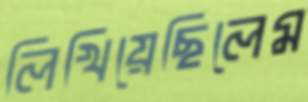
লিখিয়েছিলেম